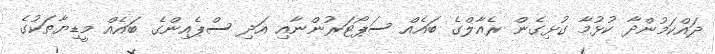
ދައްކަމުންދާ ކުޅުމާ ގުޅިގެން ރެއާލްގެ ބައެއް ސަޕޯޓަރުންނާއި އަދި ސްޕެއިންގެ ބައެއް މީޑިޔާތަކުގެ